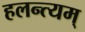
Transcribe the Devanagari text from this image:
हलन्त्यम्